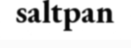
saltpan